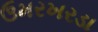
ઉમરખરડા